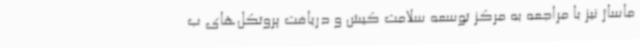
ماساژ نیز با مراجعه به مرکز توسعه سلامت کیش و دریافت پروتکل‌های ب